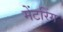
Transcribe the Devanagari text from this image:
मेंटरिंग